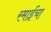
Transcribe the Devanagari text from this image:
रमाईंचा